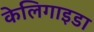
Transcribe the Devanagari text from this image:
केलिगाइडा